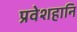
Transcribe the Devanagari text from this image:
प्रवेशहानि